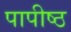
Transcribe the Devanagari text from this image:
पापीष्ठ